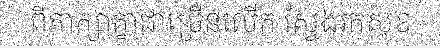
ពិភាក្សាគ្នាជាច្រើនលើក ស្វែងរកសុខ